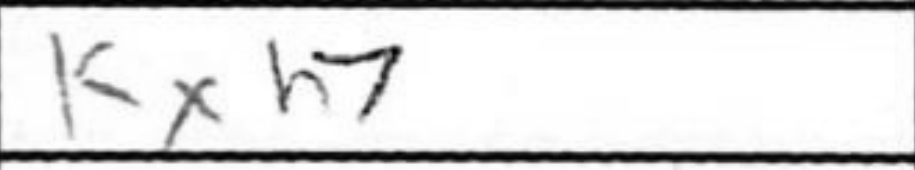
Transcription: Kxh7